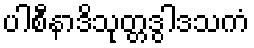
ပါစီနာဒိသုတ္တဒွါဒသကံ